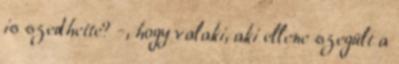
is szedhette? -, hogy valaki, aki ellene szegült a